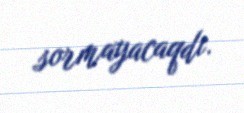
sormayacaqdı.